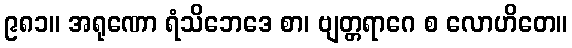
၉၈၁။ အရုဏော ရံသိဘေဒေ စာ၊ ဗျတ္တရာဂေ စ လောဟိတေ။